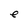
Character: e